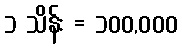
၁ သိန်း = ၁၀၀,၀၀၀